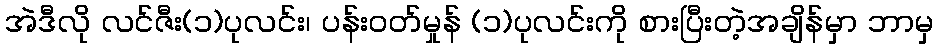
အဲဒီလို လင်ဇီး(၁)ပုလင်း၊ ပန်းဝတ်မှုန် (၁)ပုလင်းကို စားပြီးတဲ့အချိန်မှာ ဘာမှ